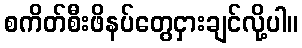
စကိတ်စီးဖိနပ်တွေငှားချင်လို့ပါ။